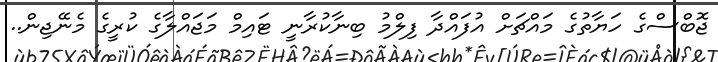
ޖޮބްސްގެ ހަޔާތުގެ މައްޗަށް އުފައްދާ ފިލްމު ބިނާކުރާނީ ޓައިމް މަޖައްލާގެ ކުރީގެ މެނޭޖިން..